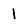
Character: 1